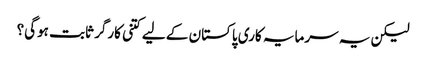
لیکن یہ سرمایہ کاری پاکستان کے لیے کتنی کارگر ثابت ہوگی؟